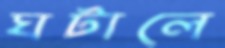
ঘটালে